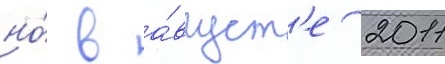
но́ в а́вгуст'е 2011